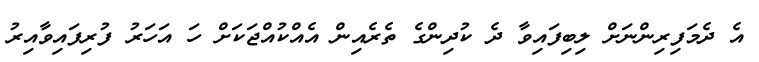
އެ ދެމަފިރިންނަށް ލިބިފައިވާ ދެ ކުދިންގެ ތެރެއިން އެއްކުއްޖަކަށް ހަ އަހަރު ފުރިފައިވާއިރު